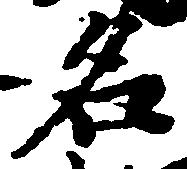
名